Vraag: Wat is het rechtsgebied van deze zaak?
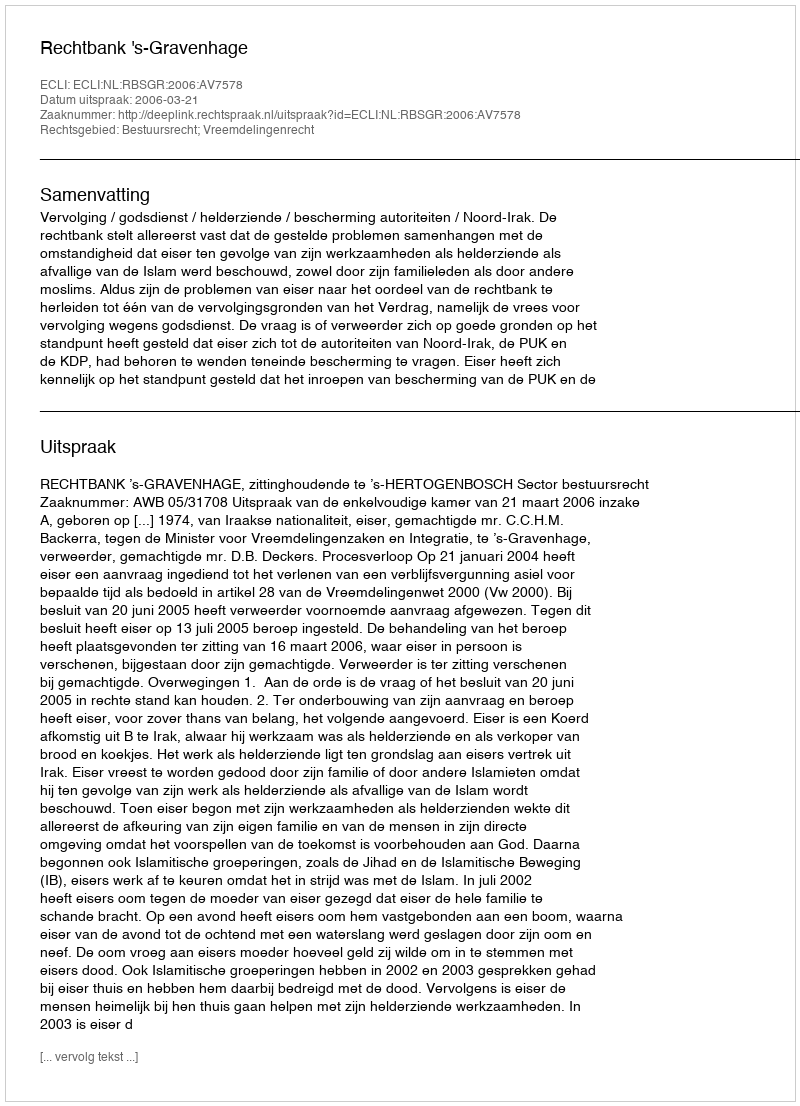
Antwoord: Bestuursrecht; Vreemdelingenrecht